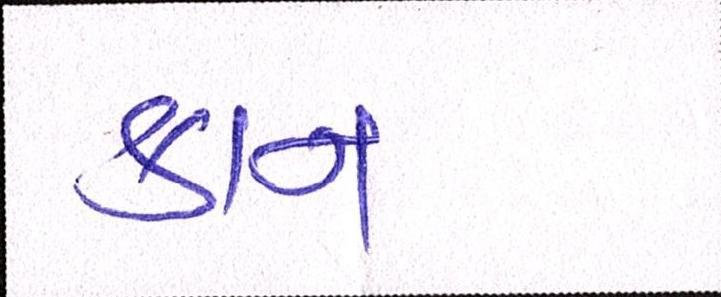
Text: કાન